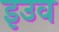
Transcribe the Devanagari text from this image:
इउव